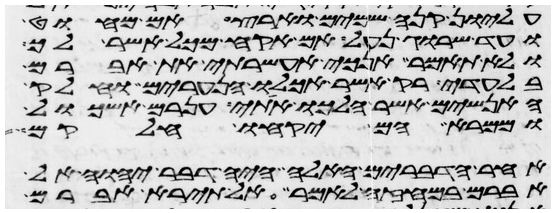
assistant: עליון קנה שמים וארץ אם מחוט
ועד שרוג נעל אם אקח מכל אשר לך
ולא תאמר אנכי אעשרתי את אברם
בלעדי רק אשר אכלו הנערים וחלק
האנשים אשר הלכו אתי ענרם ואשכול
וממרא הם יקחו חלקם
אחר הדברים האלה היה דבר יהוה אל
אברם במחזה לאמר אל תירא אברם